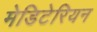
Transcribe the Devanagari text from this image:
मेडिटेरियन